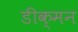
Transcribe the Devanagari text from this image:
डीक्मन